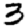
Digit: 3